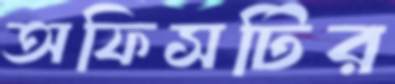
অফিসটির